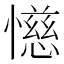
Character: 𫻌